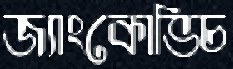
জ্যাংকোভিচ